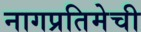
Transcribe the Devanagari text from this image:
नागप्रतिमेची